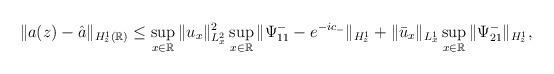
LaTeX: \begin{align*}\begin{aligned}\|a(z)-\hat{a}\|_{H_z^1(\mathbb{R})}&\leq \sup_{x\in \mathbb{R}} \| u_x \|_{L^2_x}^2\sup_{x\in \mathbb{R}} \| \Psi^-_{11}-e^{-ic_-}\|_{H_z^1} +\|\bar{u}_x \|_{L^1_x} \sup_{x\in \mathbb{R}} \| \Psi^-_{21}\|_{H_z^1},\end{aligned}\end{align*}